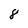
Character: 8